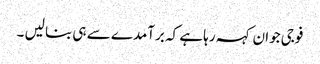
فوجی جوان کہہ رہا ہے کہ برآمدے سے ہی بنا لیں ۔